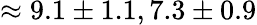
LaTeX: \approx 9.1\pm 1.1,7.3\pm 0.9